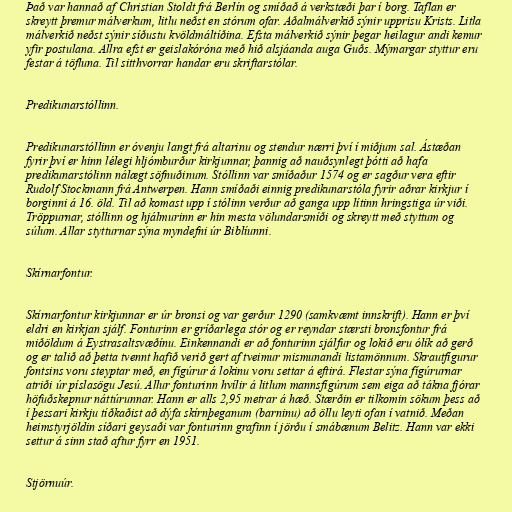
Það var hannað af Christian Stoldt frá Berlín og smíðað á verkstæði þar í borg. Taflan er
skreytt þremur málverkum, litlu neðst en stórum ofar. Aðalmálverkið sýnir upprisu Krists. Litla
málverkið neðst sýnir síðustu kvöldmáltíðina. Efsta málverkið sýnir þegar heilagur andi kemur
yfir postulana. Allra efst er geislakóróna með hið alsjáanda auga Guðs. Mýmargar styttur eru
festar á töfluna. Til sitthvorrar handar eru skriftarstólar.

Predikunarstóllinn.

Predikunarstóllinn er óvenju langt frá altarinu og stendur nærri því í miðjum sal. Ástæðan
fyrir því er hinn lélegi hljómburður kirkjunnar, þannig að nauðsynlegt þótti að hafa
predikunarstólinn nálægt söfnuðinum. Stóllinn var smíðaður 1574 og er sagður vera eftir
Rudolf Stockmann frá Antwerpen. Hann smíðaði einnig predikunarstóla fyrir aðrar kirkjur í
borginni á 16. öld. Til að komast upp í stólinn verður að ganga upp lítinn hringstiga úr viði.
Tröppurnar, stóllinn og hjálmurinn er hin mesta völundarsmíði og skreytt með styttum og
súlum. Allar stytturnar sýna myndefni úr Biblíunni.

Skírnarfontur.

Skírnarfontur kirkjunnar er úr bronsi og var gerður 1290 (samkvæmt innskrift). Hann er því
eldri en kirkjan sjálf. Fonturinn er gríðarlega stór og er reyndar stærsti bronsfontur frá
miðöldum á Eystrasaltsvæðínu. Einkennandi er að fonturinn sjálfur og lokið eru ólík að gerð
og er talið að þetta tvennt hafið verið gert af tveimur mismunandi listamönnum. Skrautfígurur
fontsins voru steyptar með, en fígúrur á lokinu voru settar á eftirá. Flestar sýna fígúrurnar
atriði úr píslasögu Jesú. Allur fonturinn hvílir á litlum mannsfígúrum sem eiga að tákna fjórar
höfuðskepnur náttúrunnar. Hann er alls 2,95 metrar á hæð. Stærðin er tilkomin sökum þess að
í þessari kirkju tíðkaðist að dýfa skírnþeganum (barninu) að öllu leyti ofan í vatnið. Meðan
heimstyrjöldin síðari geysaði var fonturinn grafinn í jörðu í smábænum Belitz. Hann var ekki
settur á sinn stað aftur fyrr en 1951.

Stjörnuúr.